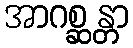
အာဂစ္ဆန္တာ